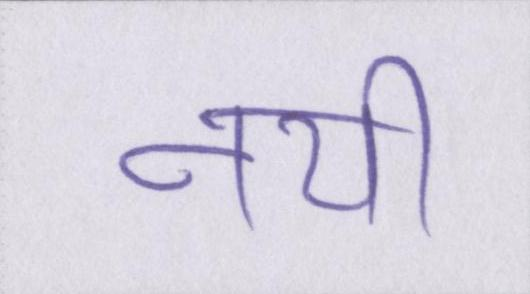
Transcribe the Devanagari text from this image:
नयी